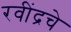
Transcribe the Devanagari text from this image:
रवींद्रचे